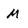
Character: M